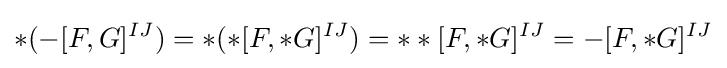
*(-[F,G]^{IJ})=*(*[F,*G]^{IJ})=**[F,*G]^{IJ}=-[F,*G]^{IJ}